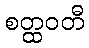
စတ္ထဝတီ